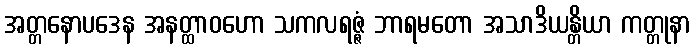
အတ္တနောပဒေန အနတ္ထာဝဟော သကလရဇ္ဇံ ဘာရမတော အသာဒိယန္တိယာ ကတ္တုနာ